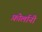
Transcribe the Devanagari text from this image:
फ़ोर्लानी